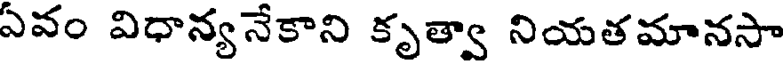
ఏవం విధాన్యనేకాని కృత్వా నియతమానసా